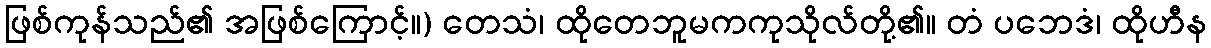
ဖြစ်ကုန်သည်၏ အဖြစ်ကြောင့်။) တေသံ၊ ထိုတေဘူမကကုသိုလ်တို့၏။ တံ ပဘေဒံ၊ ထိုဟီန